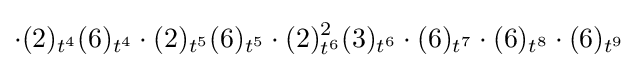
\cdot (2)_{t^{4}}(6)_{t^{4}}\cdot (2)_{t^{5}}(6)_{t^{5}}\cdot (2)_{t^{6}}^{2}(3)_{t^{6}}\cdot (6)_{t^{7}}\cdot (6)_{t^{8}}\cdot (6)_{t^{9}}